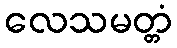
လေသမတ္တံ